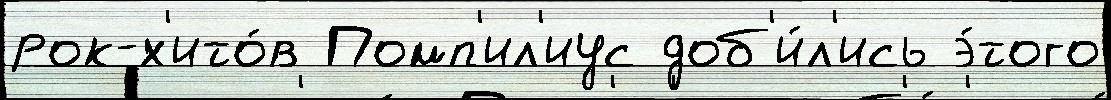
рок-х'ито́в Помп'ил'иус доб'и́л'ись э́того